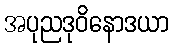
အပုညဒုဝိနောဒယာ